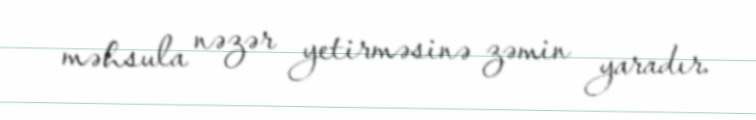
məhsula nəzər yetirməsinə zəmin yaradır.